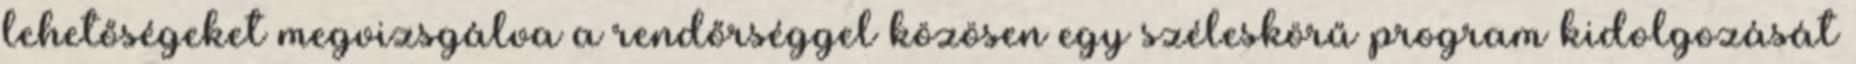
lehetőségeket megvizsgálva a rendőrséggel közösen egy széleskörű program kidolgozását